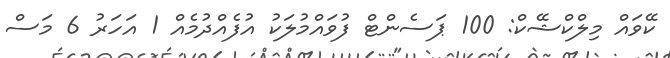
ކޭވައް މިލްކްޝޭކް: 100 ޕަސެންޓް ފުވައްމުލަކު އުފެއްދުމެއް 1 އަހަރު 6 މަސް